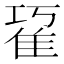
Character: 𨾢